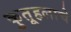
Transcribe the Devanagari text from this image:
कुतूहलाचे